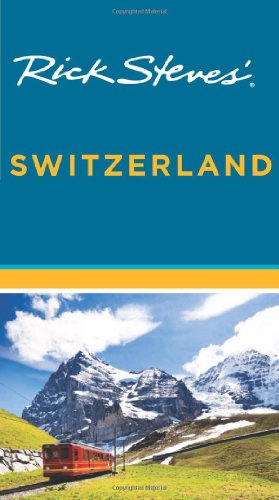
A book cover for Rick Steves' Switzerland; Rick Steves; Travel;